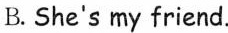
B. She's my friend.